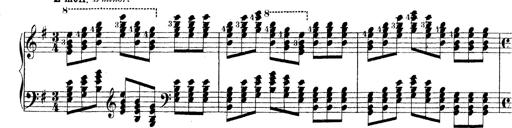
Title: Technische Studien
Composer: Franz Liszt